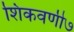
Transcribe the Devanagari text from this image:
शिकवणी७